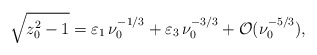
\begin{align*} \sqrt{z_0^2 -1}=\varepsilon_1 \, \nu_0^{-1/3} + \varepsilon_3 \, \nu_0^{-3/3} + {\cal O}(\nu_0^{-5/3}),\end{align*}